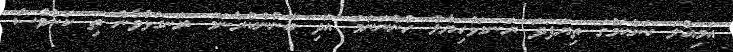
އަމިއްލަ ކަންކަމުގަ ތިޔަފަދަ ރަނގަޅުހިޔާލު ހުންނަނަމަ އަދި ބޭނުންކުރާނަމަ ރަނގަޅުވާނެ ތި ކަންވެސް